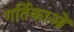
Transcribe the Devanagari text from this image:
गर्तिकाओं